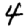
Digit: 4